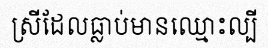
ស្រីដែលធ្លាប់មានឈ្មោះល្បី